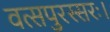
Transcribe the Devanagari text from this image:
वत्सपुरस्सरः।